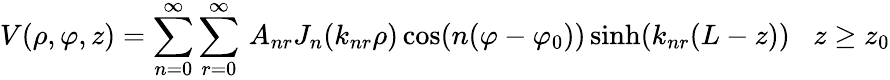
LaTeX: V(\rho,\varphi,z)=\sum_{n=0}^{\infty}\sum_{r=0}^{\infty}\, A_{nr}J_{n}(k_{nr}\rho)\cos(n(\varphi-\varphi_{0}))\sinh(k_{nr}(L-z))\, \, \, \, \, z\geq z_{0}